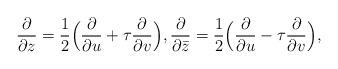
LaTeX: \begin{align*}\frac{\partial}{\partial z} = \frac{1}{2}\Big(\frac{\partial}{\partial u} + \tau\frac{\partial}{\partial v}\Big),\frac{\partial}{\partial \bar{z}} = \frac{1}{2}\Big(\frac{\partial}{\partial u} - \tau\frac{\partial}{\partial v}\Big),\end{align*}